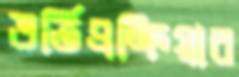
ভর্তিপ্রক্রিয়ার